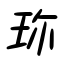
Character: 珎